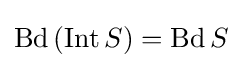
\operatorname {Bd} \left(\operatorname {Int} S\right)=\operatorname {Bd} S